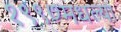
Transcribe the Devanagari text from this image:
१९९७मधल्या